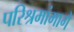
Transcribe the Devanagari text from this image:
परिश्रमांमागे